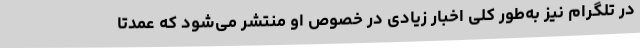
در تلگرام نیز به‌طور کلی اخبار زیادی در خصوص او منتشر می‌شود که عمدتا